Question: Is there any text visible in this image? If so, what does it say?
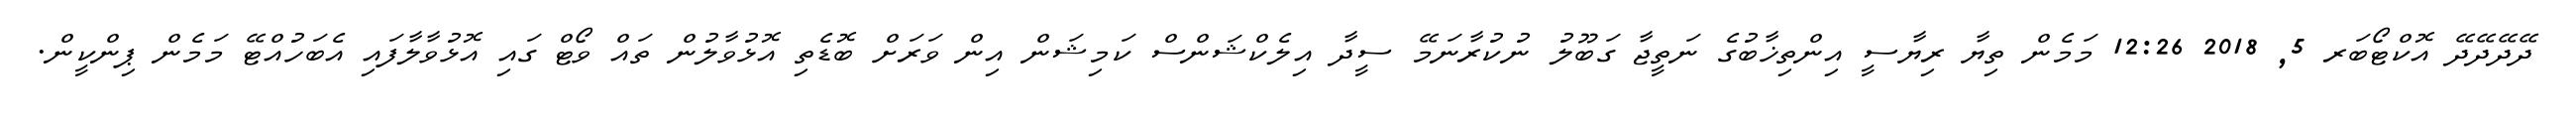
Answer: ދޭދޭދޭދޭ އޮކްޓޯބަރ 5, 2018 12:26 މަމެން ތިޔާ ރިޔާސީ އިންތިޚާބުގެ ނަތީޖާ ގަބޫލު ނުކުރާނަމޭ ސީދާ އިލެކްޝަންސް ކަމިޝަން އިން ވަރަށް ބޮޑެތި އޮޅުވާލުން ތައް ވޯޓް ގައި އޮޅުވާލާފައި އެބަހުއްޓޭ މަމެން ޕިންކީން.